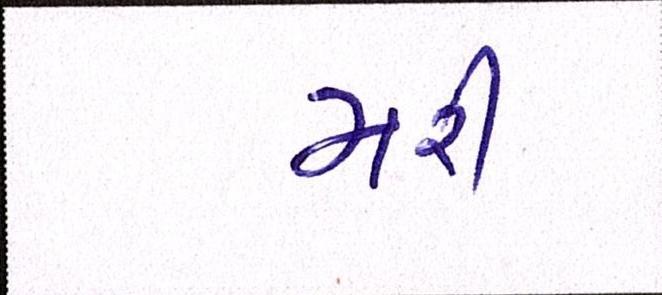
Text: મરી